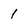
Character: 1